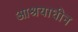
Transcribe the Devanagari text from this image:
आश्रयाधीन